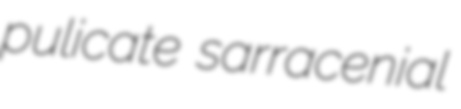
pulicate sarracenial